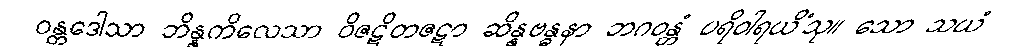
ဝန္တဒေါသာ ဘိန္နကိလေသာ ဝိဇဋိတဇဋာ ဆိန္နဗန္ဓနာ ဘဂဝန္တံ ပရိဝါရယိံသု။ သော သယံ